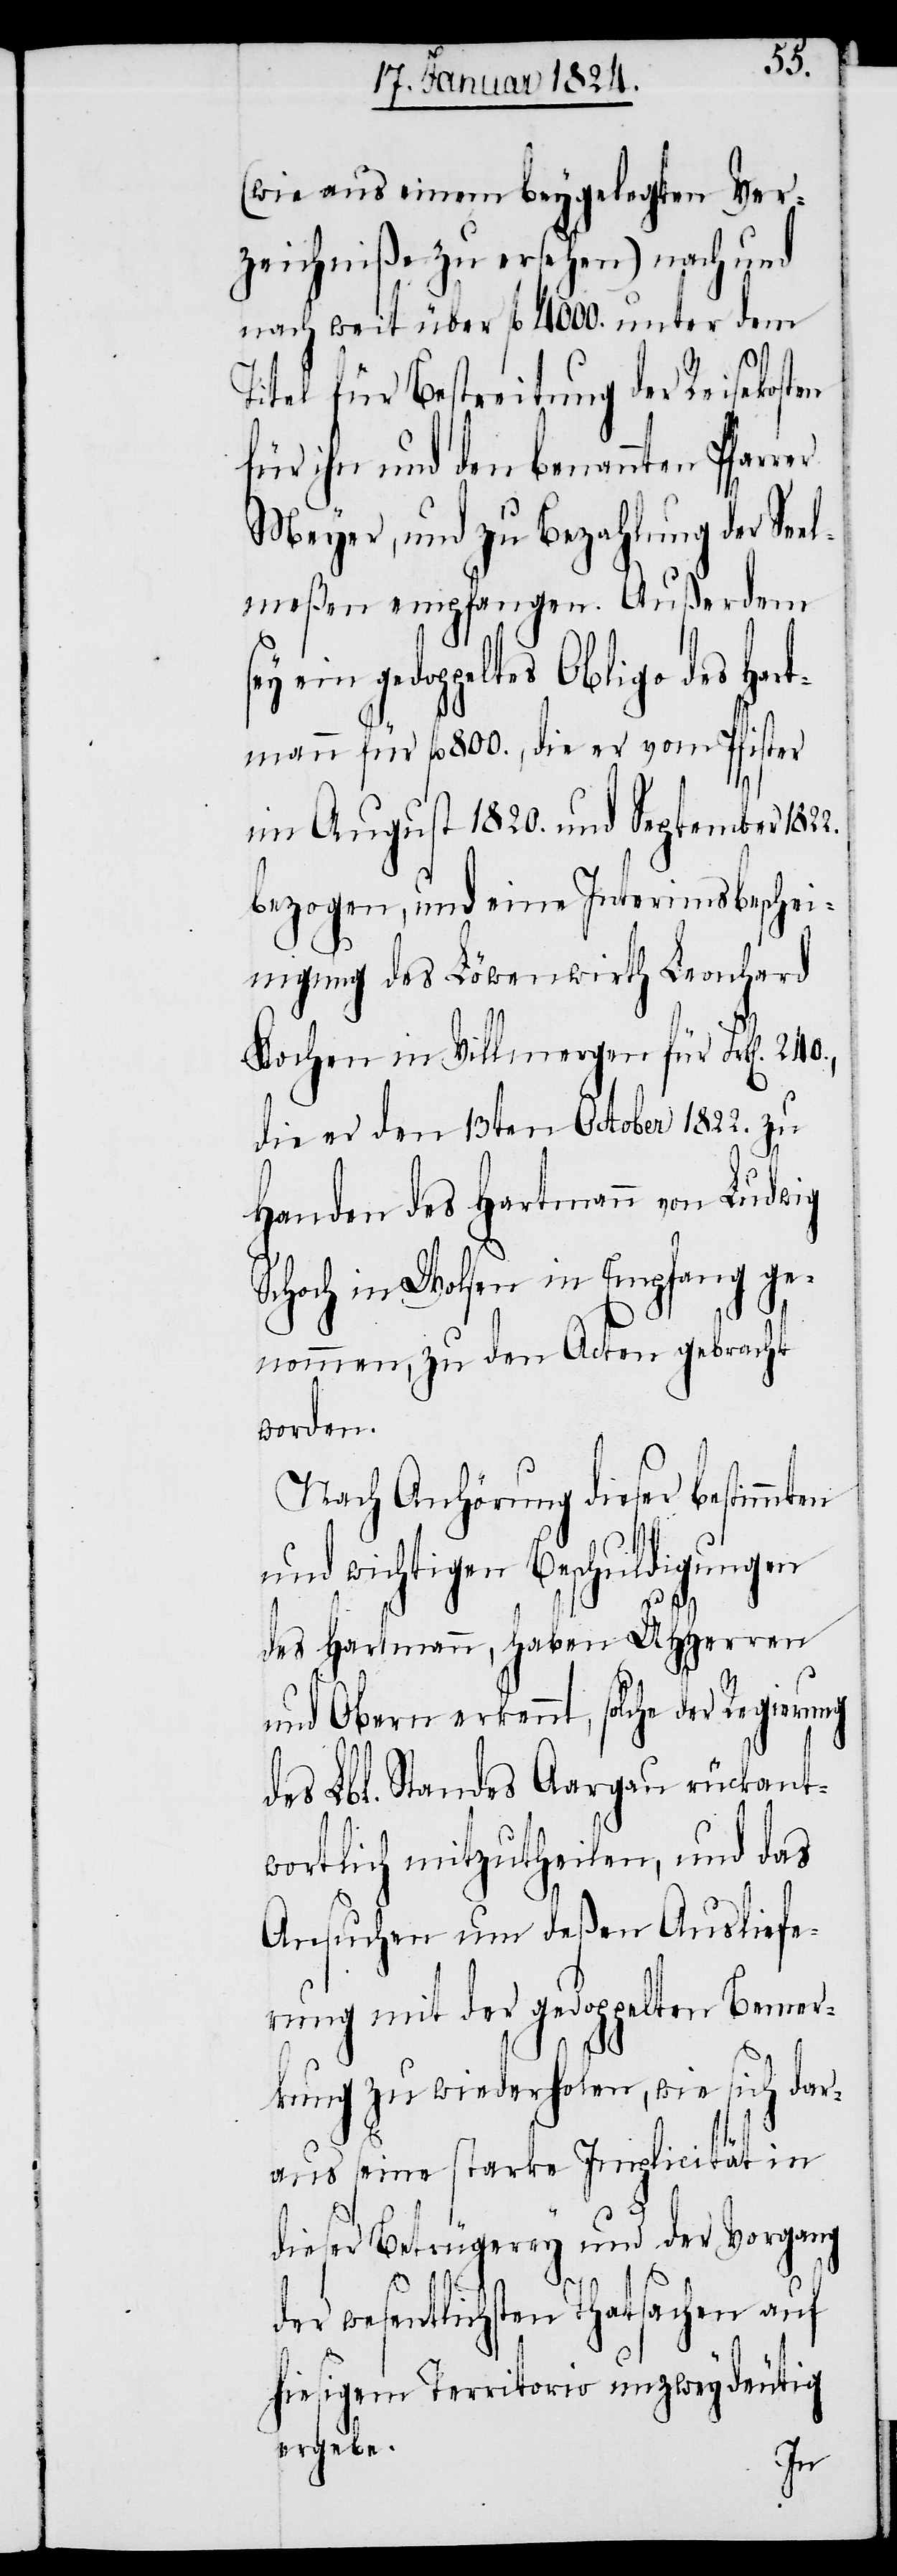
(wie aus einem beygelegten Ver¬
zeichniße zu ersehen) nach und
nach weit über fl. 4000. unter dem
Titel für Bestreitung der Reisekosten
für ihn und den benannten Pfarrer
Meyer, und zu Bezahlung der Se¬
elmeßen empfangen. Außerdem
ein gedoppeltes Oblige des Har¬
tmann für fl. 800, die er vom Pfister
im August 1820. und September 1822.
bezogen, und eine Interimsbeschei¬
nigung des Löwenwirth Leonhard
Kochen in Villmergen für Frk[en]. 240.,
die er den 13ten October 1822. zu
Handen des Hartmann von Ludwig
Schoch in Wolsen in Empfang ge¬
nommen, zu den Acten gebracht
worden.
Nach Anhörung dieser bestimmten
und wichtigen Beschuldigungen
des Hartmann, haben UHHerren
und Obern erkennt, solche der Regierung
des Lbl. Standes Aargau rückant¬
wortlich mitzutheilen, und das
Ansuchen um deßen Ausliefe¬
rung mit der gedoppelten Bemer¬
kung zu wiederholen, wie sich dar¬
aus seine starke Implicität in
dieser Betrügerey und der Vorgang
der wesentlichsten Thatsachen auf
hiesigem Territorio unzweydeutig
ergebe.